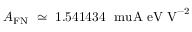
A _ { \small \mathrm { F N } } ~ \simeq ~ 1 . 5 4 1 4 3 4 ~ \mathrm { \ m u A ~ e V ~ V } ^ { - 2 }